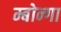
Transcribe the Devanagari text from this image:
म्बोन्गा